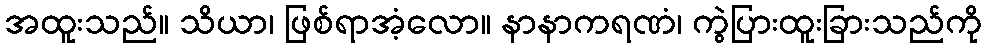
အထူးသည်။ သိယာ၊ ဖြစ်ရာအံ့လော။ နာနာကရဏံ၊ ကွဲပြားထူးခြားသည်ကို